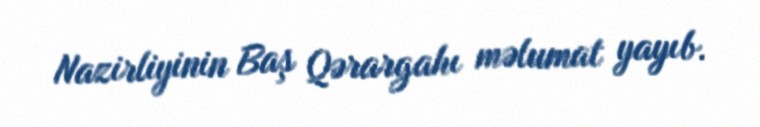
Nazirliyinin Baş Qərargahı məlumat yayıb.